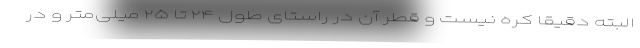
البته دقیقا کره‌ نیست و قطر آن در راستای طول ۲۴ تا ۲۵ میلی‌متر و در